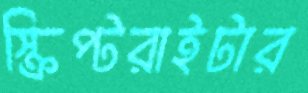
স্ক্রিপ্টরাইটার